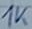
Text: 1K